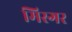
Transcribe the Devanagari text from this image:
मिस्गर